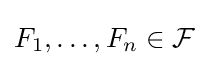
F_{1},\ldots ,F_{n}\in {\mathcal {F}}